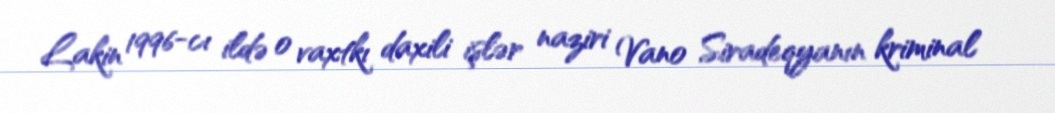
Lakin 1996-cı ildə o vaxtkı daxili işlər naziri Vano Siradeqyanın kriminal